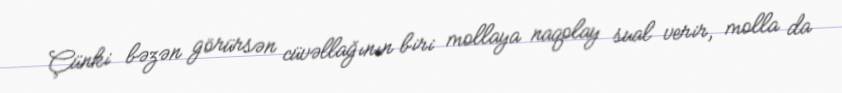
Çünki bəzən görürsən cüvəllağının biri mollaya naqolay sual verir, molla da